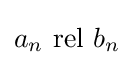
a_{n}~{\text{rel}}~b_{n}